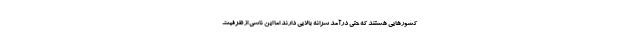
کشورهایی هستند که حتی درآمد سرانه بالایی دارند اما این ناشی از ظرفیت